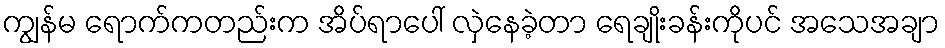
ကျွန်မ ရောက်ကတည်းက အိပ်ရာပေါ် လှဲနေခဲ့တာ ရေချိုးခန်းကိုပင် အသေအချာ